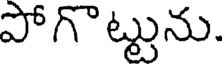
పోగొట్టును.